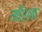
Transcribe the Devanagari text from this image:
माॅशन